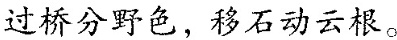
过桥分野色，移石动云根。